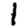
Digit: 1